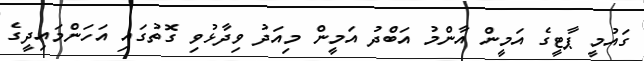
ގައުމީ ޕާޓީގެ އަމީން އާންމު އަބްދު އަމީން މިއަދު ވިދާޅުވި ގޮތުގައި އަހަންމައިދީގެ